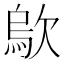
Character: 歍